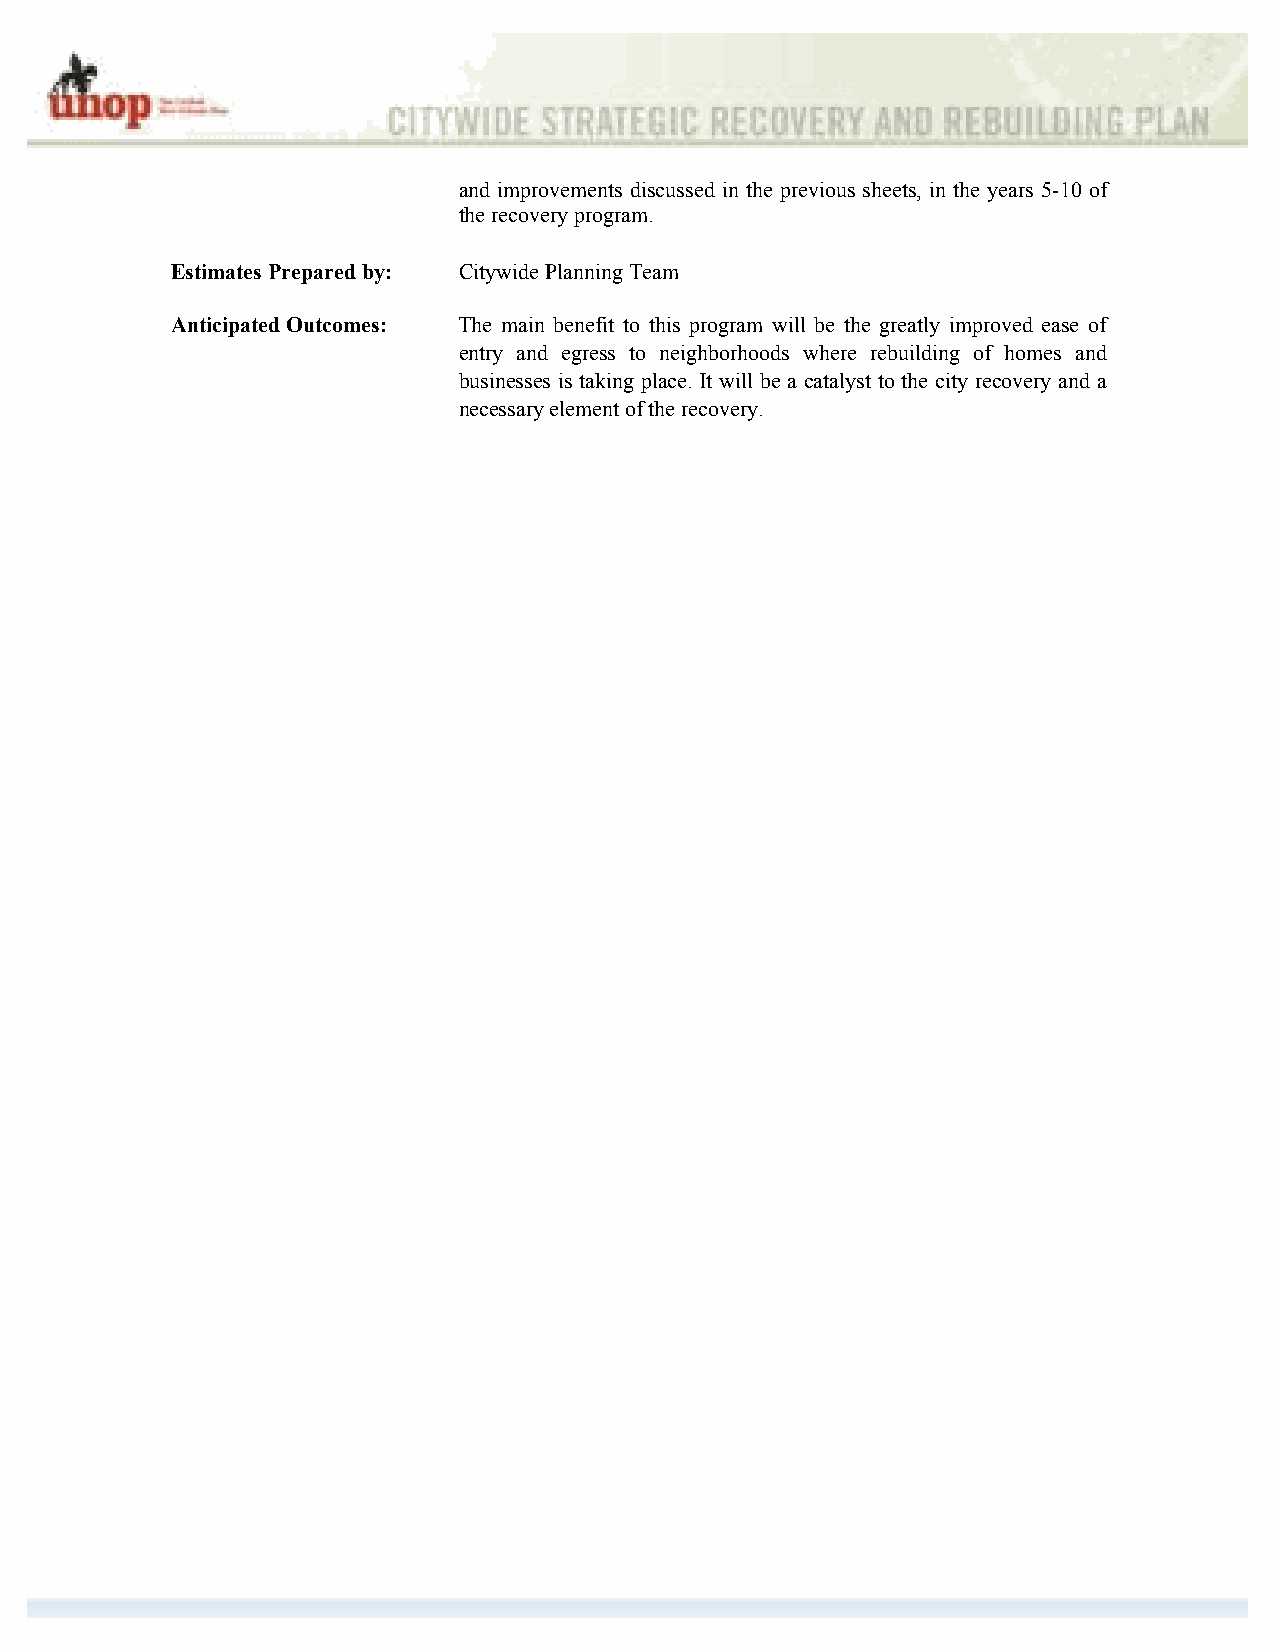
and improvements discussed in the previous sheets, in the years 5-10 of
 the recovery program.
 Estimates Prepared by: Citywide Planning Team
 Anticipated Outcomes: The main benefit to this program will be the greatly improved ease of
 entry and egress to neighborhoods where rebuilding of homes and
 businesses is taking place. It will be a catalyst to the city recovery and a
 necessary element of the recovery.